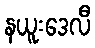
နယူးဒေလီ